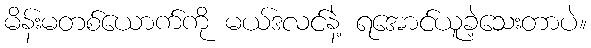
မိန်းမတစ်ယောက်ကို မယ်ဒလင်နဲ့ ရအောင်ယူခဲ့သေးတာပဲ။